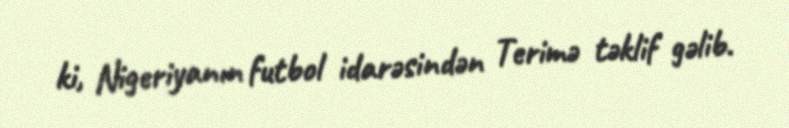
ki, Nigeriyanın futbol idarəsindən Terimə təklif gəlib.